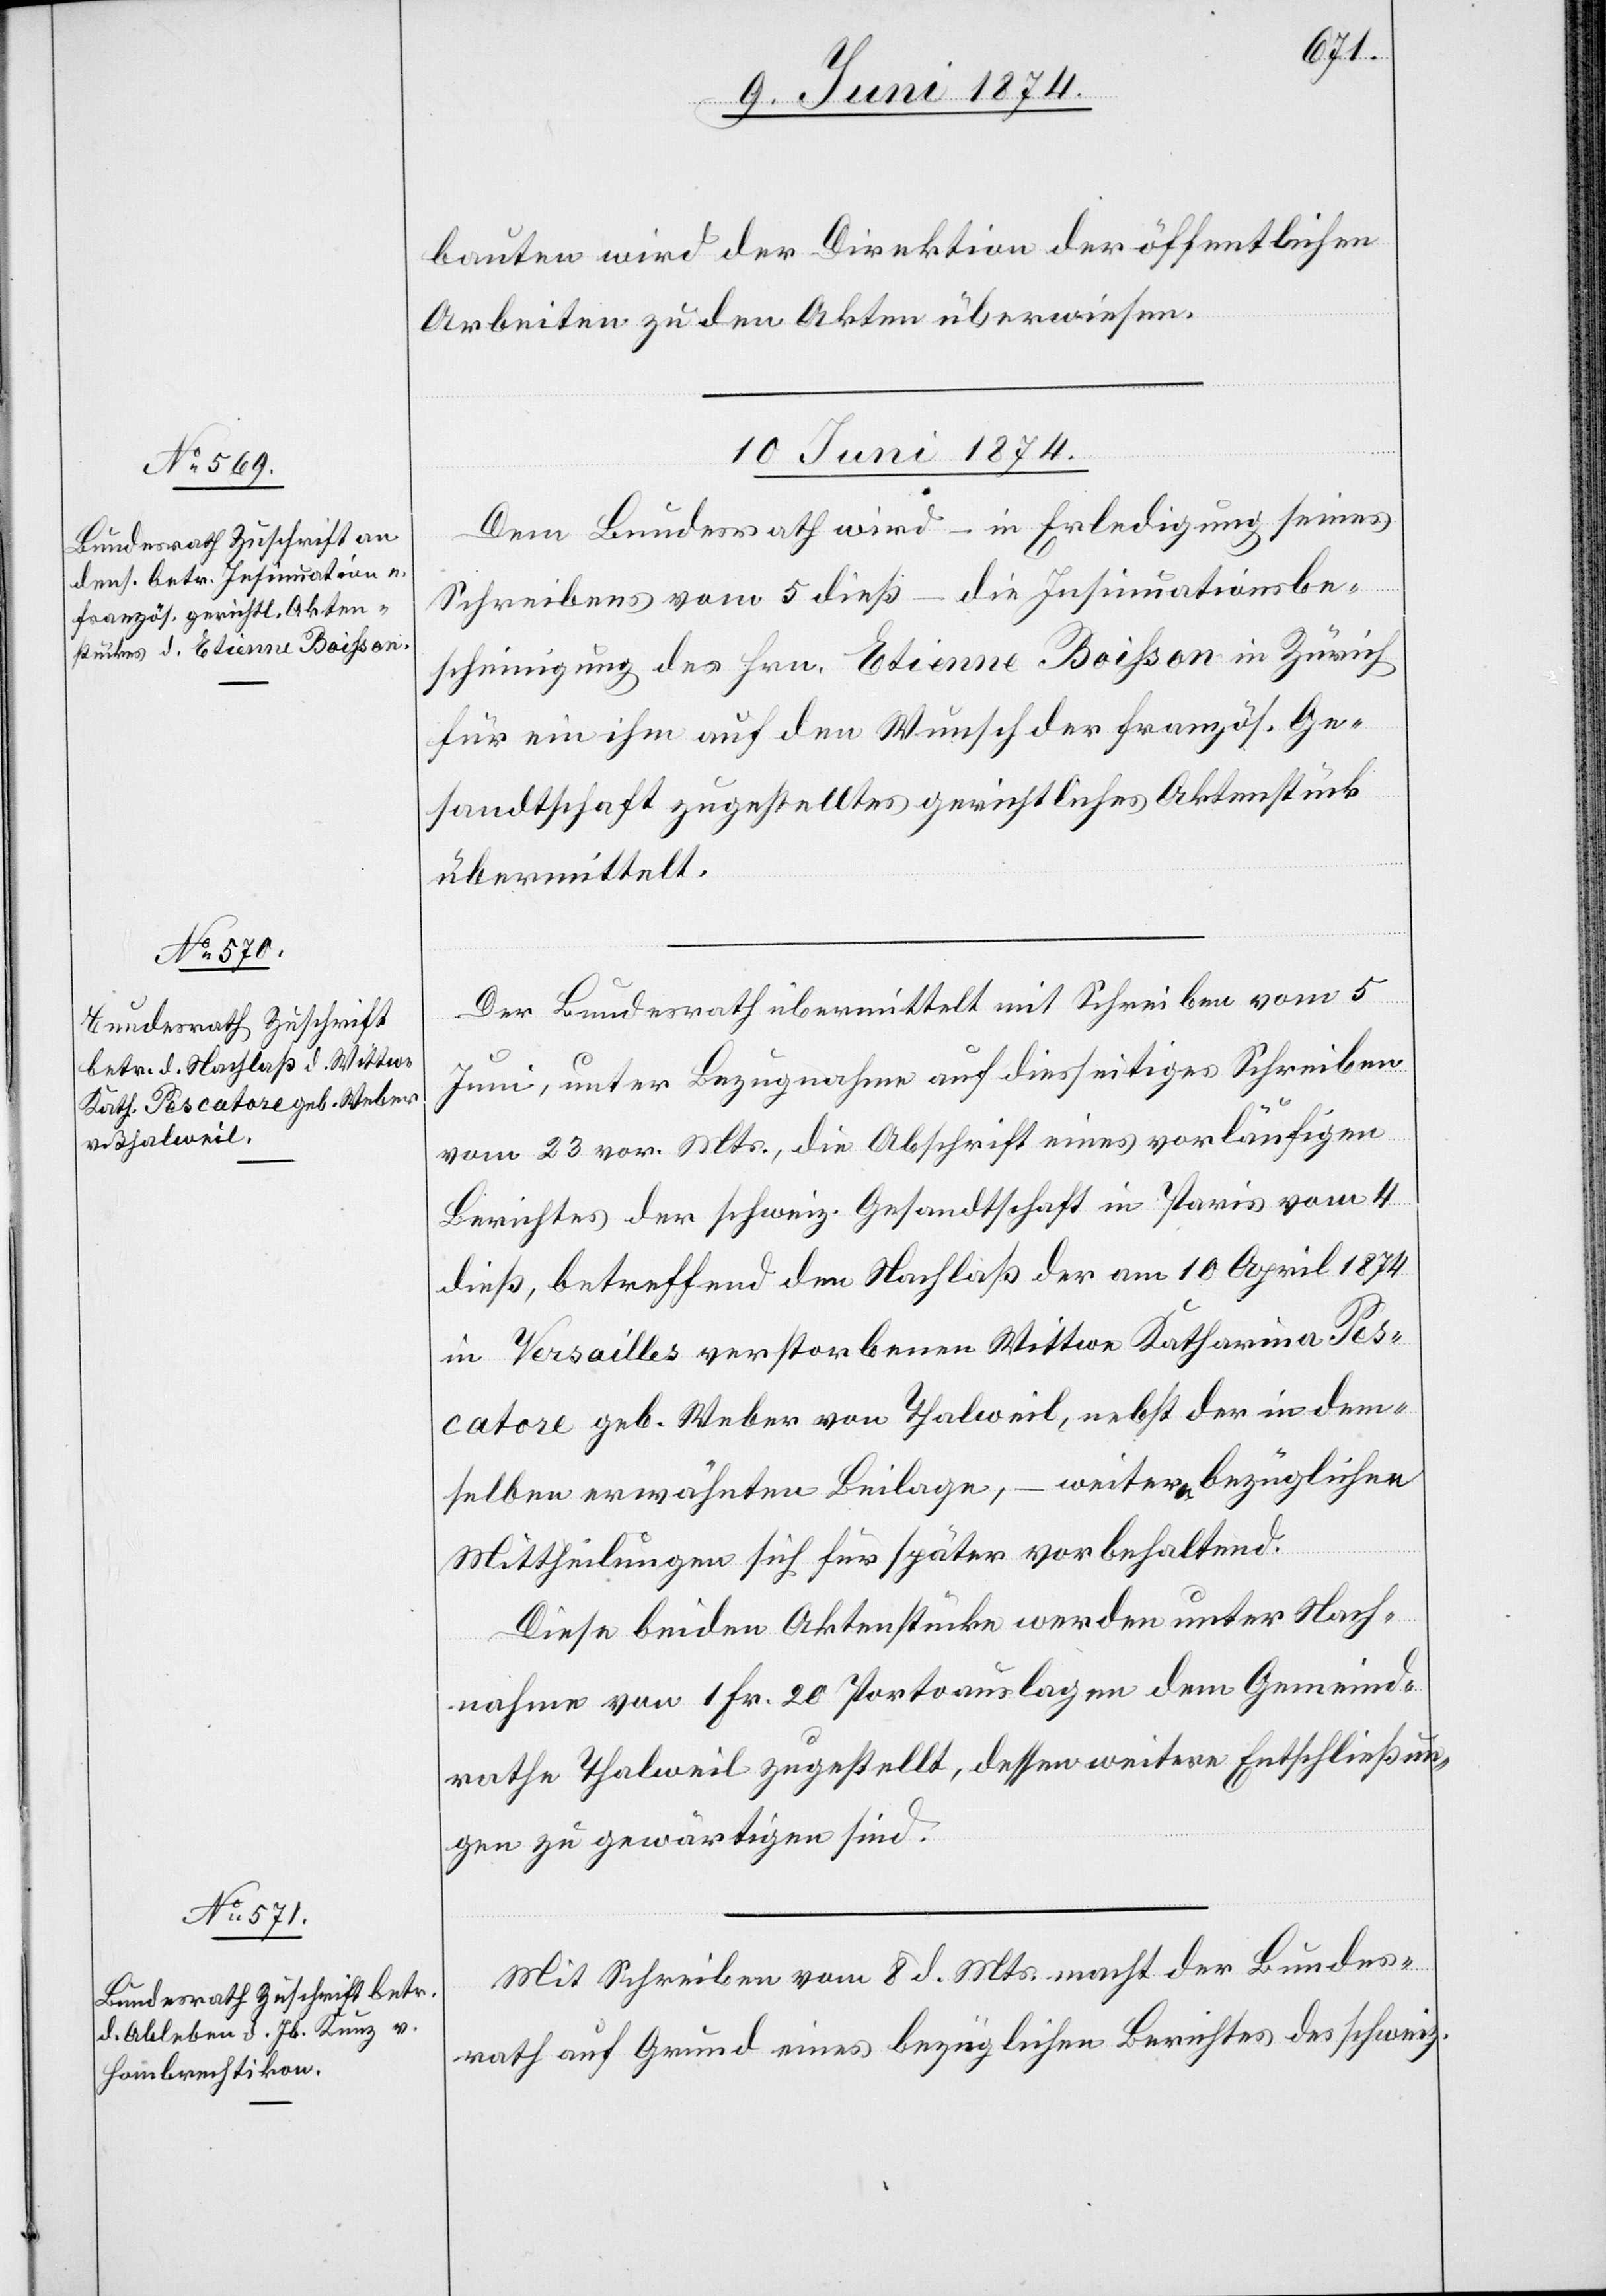
bauten wird der Direktion der öffentlichen
Arbeiten zu den Akten überwiesen.
10. Juni 1874.]
Dem Bundesrath wird – in Erledigung seines
Schreibens vom 5. dieß – die Insinuationsbe¬
scheinigung des Hrn. Etienne Boisson in Zürich
für ein ihm auf den Wunsch der französ. Ge¬
sandtschaft zugestelltes gerichtliches Aktenstück
übermittelt.
Der Bundesrath übermittelt mit Schreiben vom 5.
Juni, unter Bezugnahme auf diesseitiges Schreiben
vom 23. vor. Mts., die Abschrift eines vorläufigen
Berichtes der schweiz. Gesandtschaft in Paris vom 4.
dieß, betreffend den Nachlaß der am 10. April 1874
in Versailles verstorbenen Wittwe Katharina Pes¬
catore geb. Weber von Thalweil, nebst der in dem¬
selben erwähnten Beilage, – weitere bezügliche
Mittheilungen sich für später vorbehaltend.
Diese beiden Aktenstücke werden unter Nach¬
nahme von 1 Fr. 20 Portoauslagen dem Gemeind¬
rathe Thalweil zugestellt, dessen weitere Entschließun¬
gen zu gewärtigen sind.
Mit Schreiben vom 8. d. Mts. macht der Bundes¬
rath auf Grund eines bezüglichen Berichtes des schweiz.